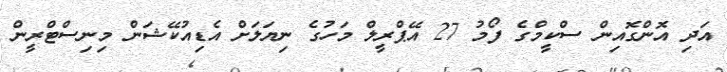
އަދި އޮންގޮއިން ސްކީމްގެ ފޯމު 27 އޭޕްރީލް މަހުގެ ނިޔަލަށް އެޑިއުކޭޝަން މިނިސްޓްރީން